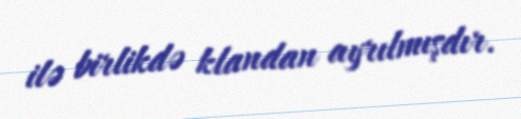
ilə birlikdə klandan ayrılmışdır.